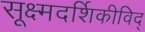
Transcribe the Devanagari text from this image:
सूक्ष्मदर्शिकीविद्